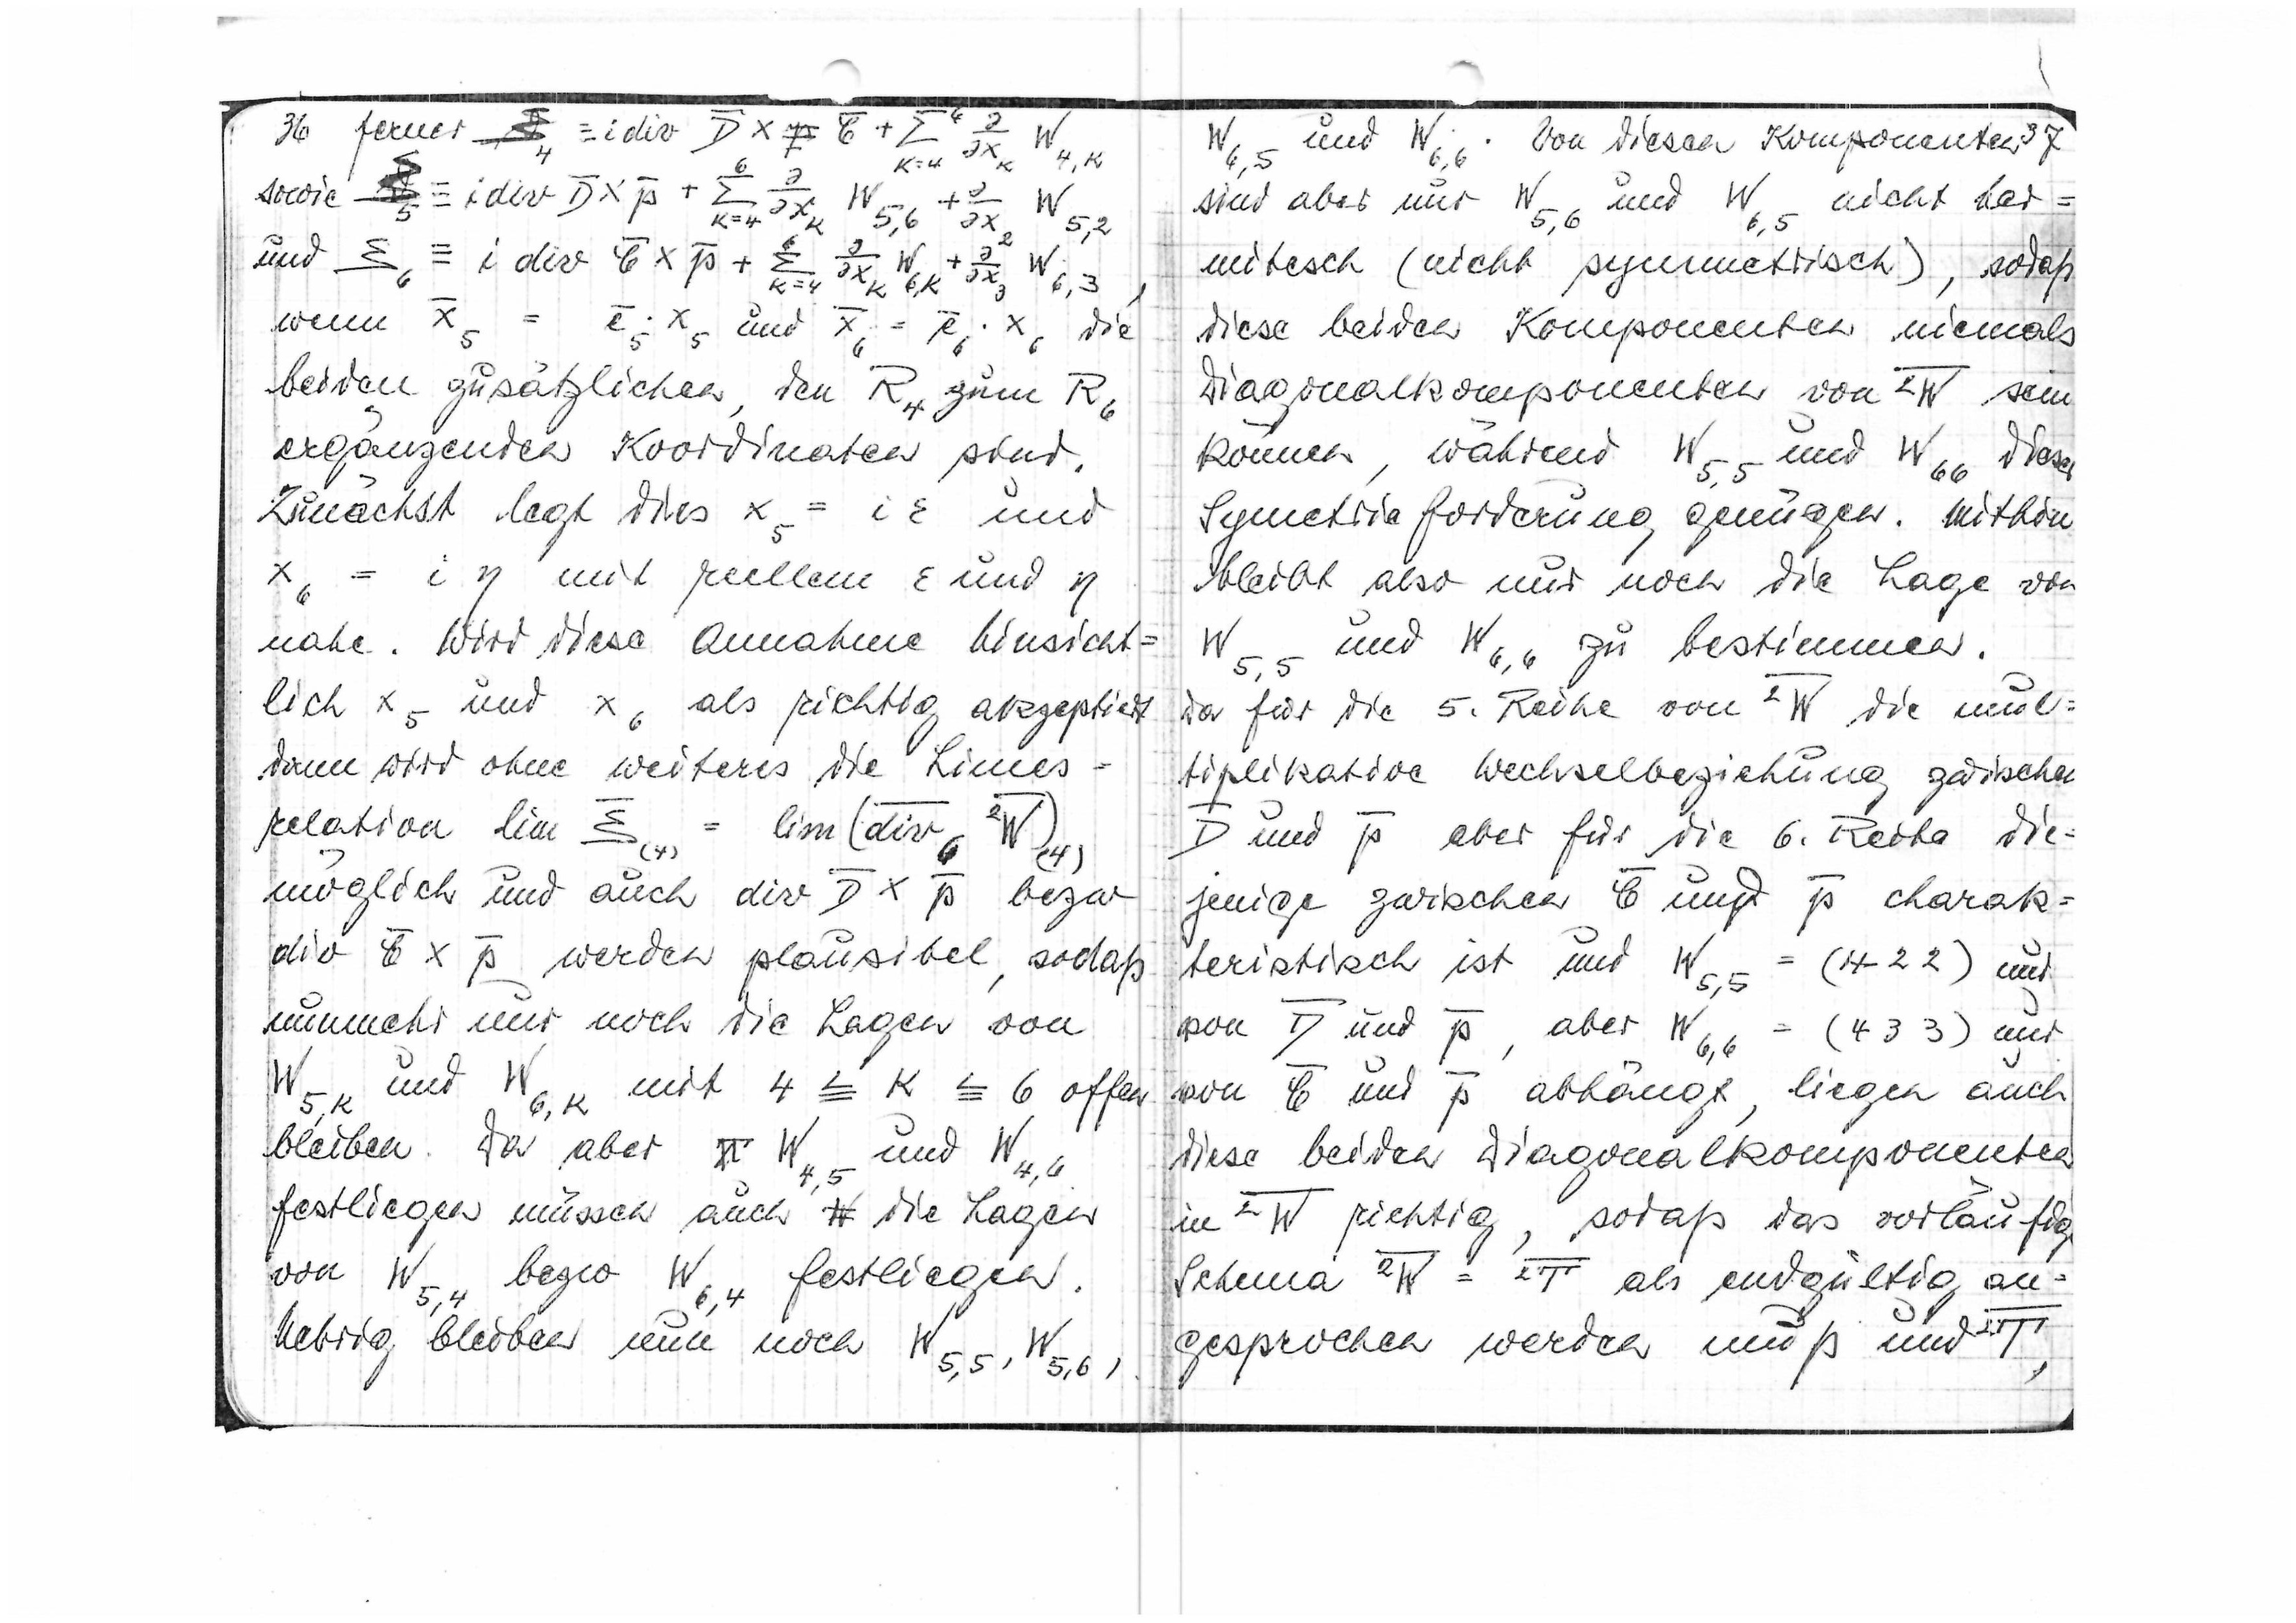
36 ferner
wenn x5 = e5 x5 und x6 = e6 X6
die
beiden zusätzlichen, den R4 zum R6
ergänzenden Koordinaten sind.
Zunächst legt dies x5 = iε und
x6 = iη mit reellem ε und η
nahe. Wird diese Annahme hinsicht
lich x5 und x6 als richtig akzeptiert
dann wird ihne weiteres die Limes=
relation lim
möglich und auch div
bzw.
werden plausibel, sodaß
nunmehr nur noch die Lagen von
und K6,k und 4 ≦ k ≦ 6 offen
bleiben. Da aber W4,5 und W4,6
festliegen müssen auch die Lagen
von W5,4 bzw. W6,4 festliegen.
Übrig bleiben nun noch W5,5, W5,6,

W6,5
und W6,6. Von diese Komponenten 37
sind aber nur W5,6 und W6,5 nicht her=
mitisch (nicht symmetrisch),
sodaß
diese beiden Komponenten niemals
Diagonalkomponenten von ²W sein
können, während W5,5 und W6,6 dieser
Symmetrieforderung genügen. Mithin
bleibt also nur noch die Lage von
W5,5 und W6,6 zu bestimmen.
Da für die 5. Reihe und ²W die mul=
tiplikative Wechselbeziehung zwischen
D und p aber für die 6. Reihge die
jenige zwischen ξ und p charak=
teristisch ist und W5,5 = (4 2 2) und
von D und p, aber W6,6 = (4 3 3)nur
von ξ und p abhängt, liegen auch
diese beiden Diagonalkomponenten
in ²W richtig, sodaß das vorläufige
Schema ²W = ²T
als endgültig an
gesprochen werden muß und ²T